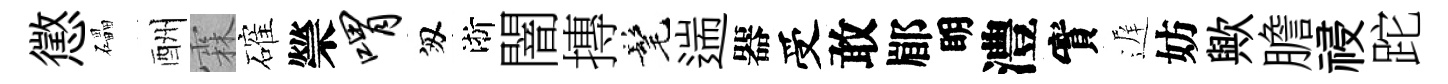
懲礧酬霖確禜喟匆淅闇摶髦遄器受敢郿眀澧實遅妨歟膽祲跎